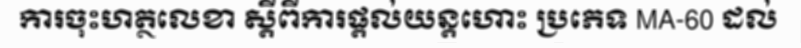
ការចុះហត្ថលេខា ស្តីពីការផ្តល់យន្តហោះ ប្រភេទ MA-60 ដល់